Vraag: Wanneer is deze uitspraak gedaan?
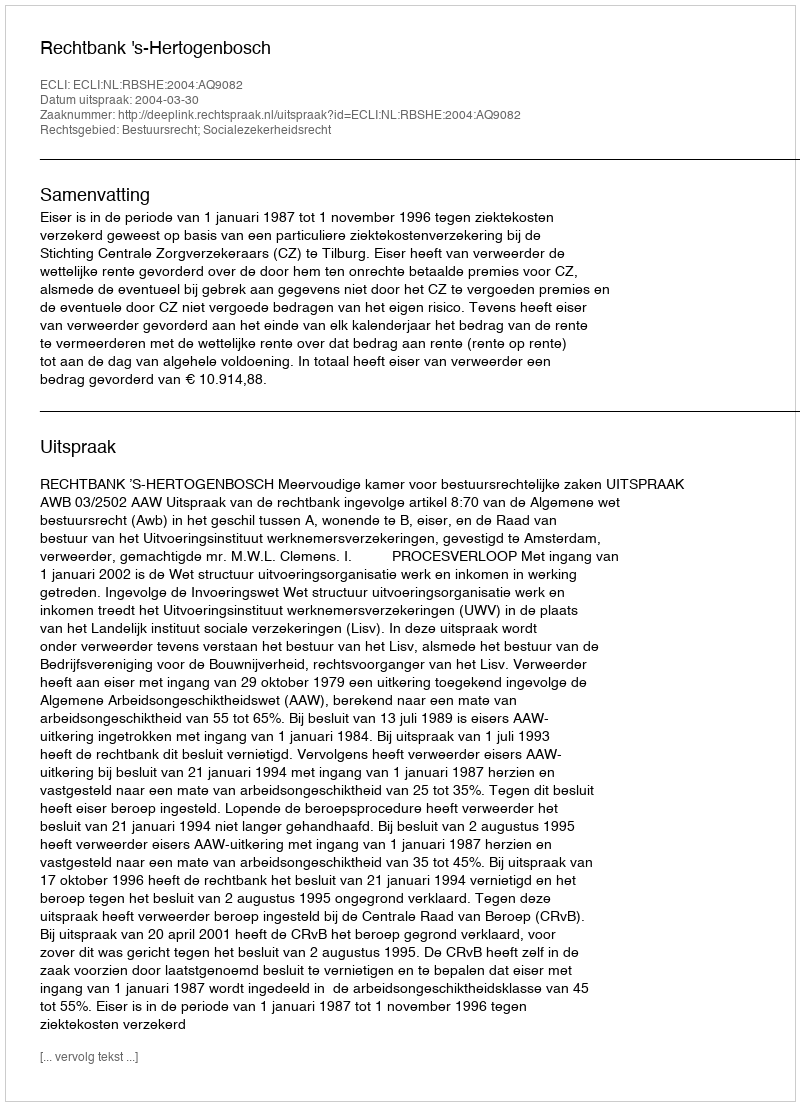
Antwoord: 2004-03-30